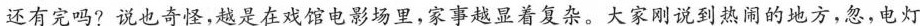
还有完吗?说也奇怪，越是在戏馆电影场里，家事越显着复杂。大家刚说到热闹的地方，忽，电灯